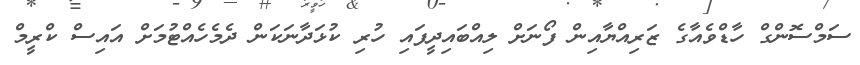
ސަމްސޮންގް ހާޑްވެއާގެ ޒަރިއްޔާއިން ފޯނަށް ލިއްބައިދީފައި ހުރި ކުޅަދާނަކަން ދެމެހެއްޓުމަށް އައިސް ކްރީމް